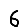
Digit: 6